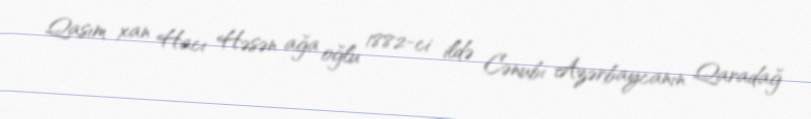
Qasım xan Hacı Həsən ağa oğlu 1882-ci ildə Cənubi Azərbaycanın Qaradağ